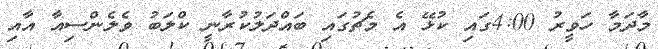
މާދަމާ ހަވީރު 4:00ގައި ކުޅޭ އެ މެޗުގައި ބައްދަލުކުރާނީ ކްލަބު ވެލެންސިއާ އާއި